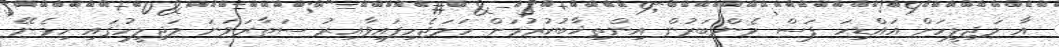
އާ މަޖިލީހަށް އައްޑިހަ ފަސް މެންބަރުން އިންތިޚާބުކުރުމަށް ހަމަޖެހިފައިވާއިރު ސަތާރަވަނަ މަޖިލީހުގައި ހިމެނޭ